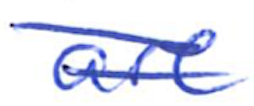
Text: are
Cross-out: double-line
Writing tool: ballpoint